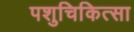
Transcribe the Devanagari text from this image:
पशुचिकित्‍सा